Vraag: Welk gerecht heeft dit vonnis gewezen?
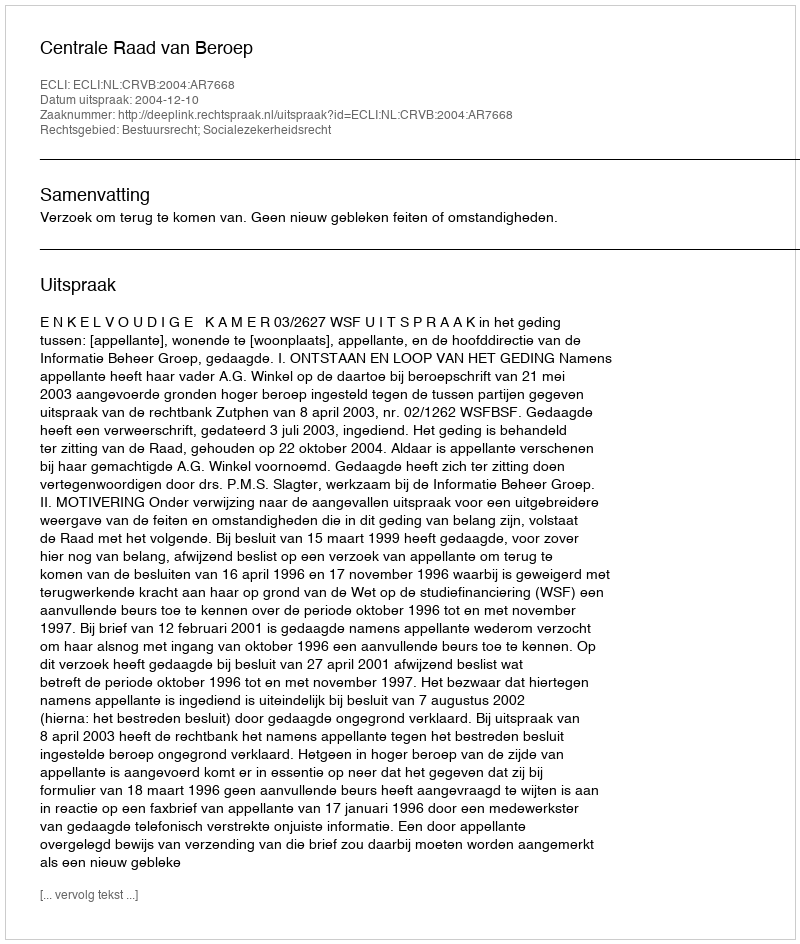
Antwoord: Centrale Raad van Beroep